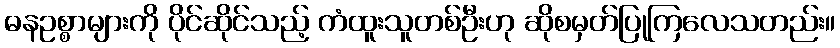
ဓနဥစ္စာများကို ပိုင်ဆိုင်သည့် ကံထူးသူတစ်ဦးဟု ဆိုစမှတ်ပြုကြလေသတည်း။